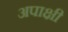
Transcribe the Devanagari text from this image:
अपाक्षी